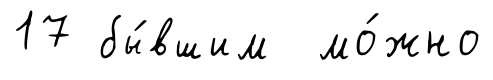
17 бы́вшим мо́жно